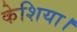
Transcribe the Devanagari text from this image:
केशिया।